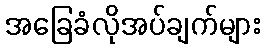
အခြေခံလိုအပ်ချက်များ